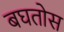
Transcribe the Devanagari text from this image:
बघतोस